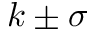
k \pm \sigma